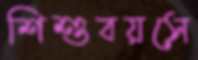
শিশুবয়সে